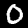
Label: 0